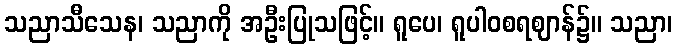
သညာသီသေန၊ သညာကို အဦးပြုသဖြင့်။ ရူပေ၊ ရူပါဝစရဈာန်၌။ သညာ၊